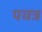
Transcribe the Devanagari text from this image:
पवत्र